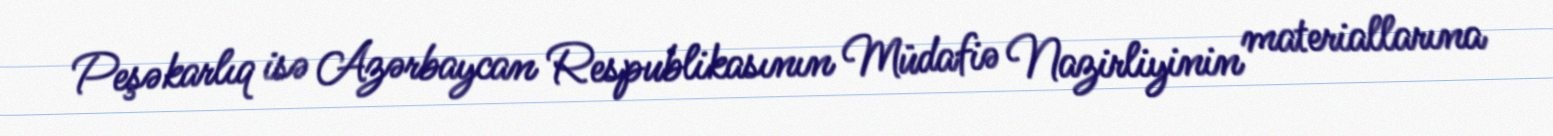
Peşəkarlıq isə Azərbaycan Respublikasının Müdafiə Nazirliyinin materiallarına